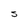
Character: S